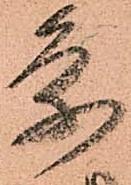
条